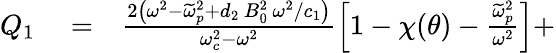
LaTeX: \begin{array}{rlr}{Q_{1}}&{{}=}&{\frac{2\left(\omega^{2}-\widetilde{\omega}_{p}^{2}+d_{2}\, B_{0}^{2}\, \omega^{2}/c_{1}\right)}{\omega_{c}^{2}-\omega^{2}}\left[1-\chi(\theta)-\frac{\widetilde{\omega}_{p}^{2}}{\omega^{2}}\right]+}\end{array}